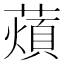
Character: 薠